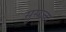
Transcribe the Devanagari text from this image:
सुसज्जा